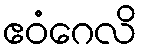
ဧဝံဂေလိ